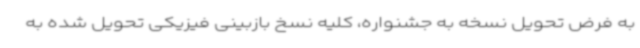
به فرض تحویل نسخه به جشنواره، کلیه نسخ بازبینی فیزیکی تحویل شده به